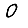
Digit: 0